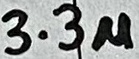
Text: 3.3u